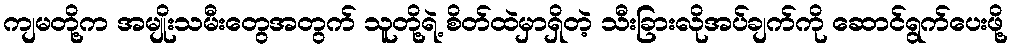
ကျမတို့က အမျိုးသမီးတွေအတွက် သူတို့ရဲ့ စိတ်ထဲမှာရှိတဲ့ သီးခြားလိုအပ်ချက်ကို ဆောင်ရွက်ပေးဖို့